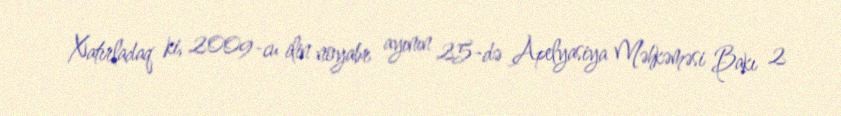
Xatırladaq ki, 2009-cu ilin noyabr ayının 25-də Apelyasiya Məhkəməsi Bakı 2